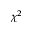
\chi ^ { 2 }